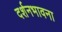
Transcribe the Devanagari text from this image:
दर्शनभावना